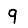
Digit: 9